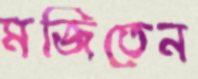
মজিতেন